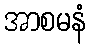
အာစမနံ